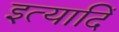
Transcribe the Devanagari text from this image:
इत्यादिं